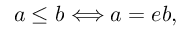
a \leq b \Longleftrightarrow a = e b ,